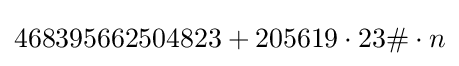
468395662504823+205619\cdot 23\#\cdot n